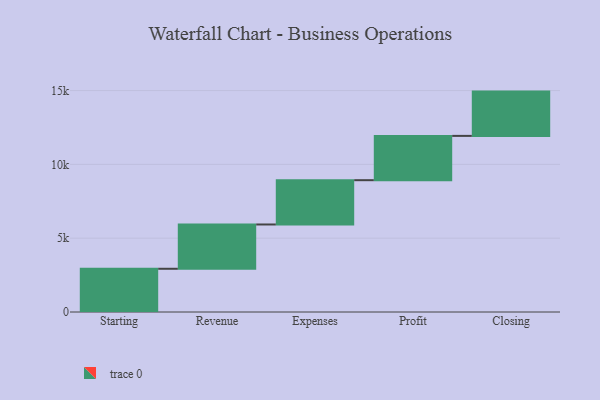
{"axis": {"x": "Step", "y": "Value"}, "legend": [""], "data": [{"x": "Starting", "y": 2928.0, "type": ""}, {"x": "Revenue", "y": 3000, "type": ""}, {"x": "Expenses", "y": 3000, "type": ""}, {"x": "Profit", "y": 3000, "type": ""}, {"x": "Closing", "y": 3000, "type": ""}]}